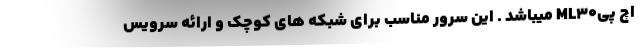
اچ پیML30 میباشد . این سرور مناسب برای شبکه های کوچک و ارائه سرویس